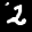
Label: 2